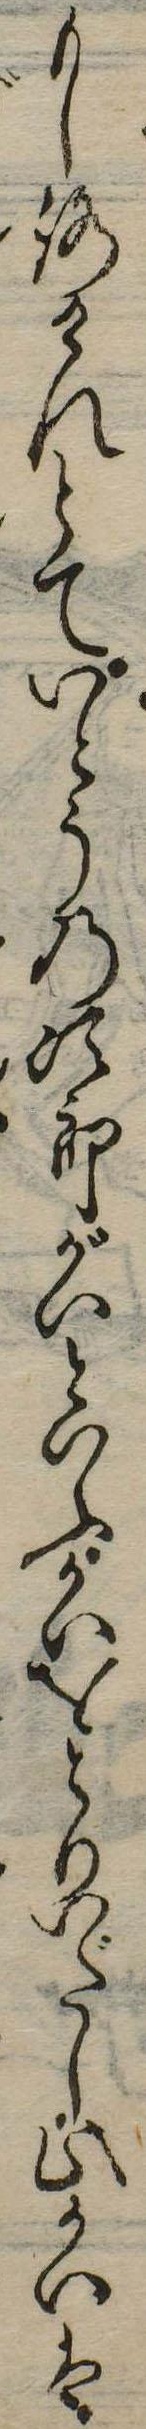
もしろけれとていとうの次郎がいといふかいをとりいだし此かいは